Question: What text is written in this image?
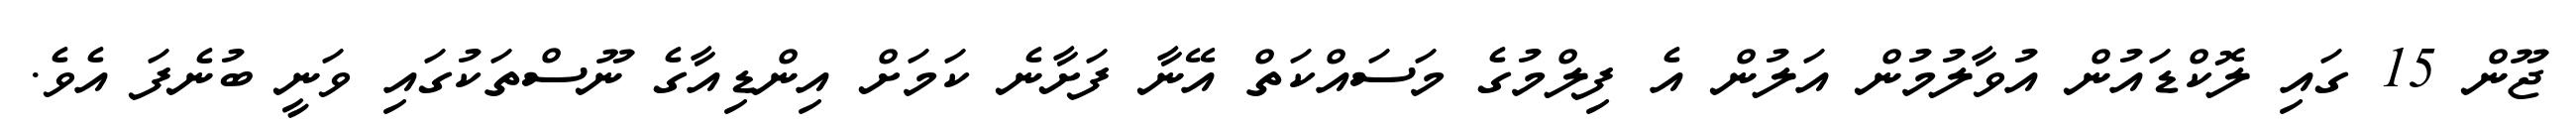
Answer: ޖޫން 15 ގައި ލޮކްޑައުން އުވާލުމުން އަލުން އެ ފިލްމުގެ މަސައްކަތް އޭނާ ފަށާނެ ކަމަށް އިންޑިއާގެ ނޫސްތަކުގައި ވަނީ ބުނެފަ އެވެ.